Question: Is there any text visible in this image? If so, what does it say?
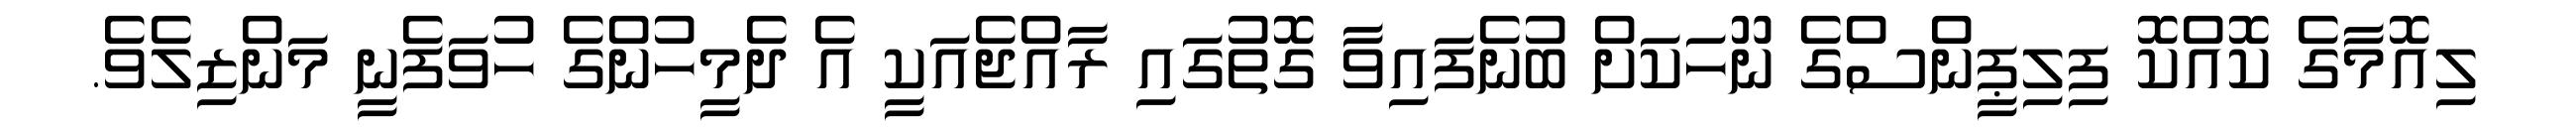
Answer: ލިއޮމާގެ ކޮއްކޮ ފިލިޕީންސްގެ ނޫހަކަށް ބުނެފައިވާ ގޮތުގައި ރާއްޖެއަކީ އެ ދެމީހުންގެ ހުވަފެނީ މަންޒިލެވެ.